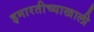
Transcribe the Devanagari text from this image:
इमारतीच्याखाली